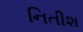
નિતીશ